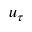
u _ { \tau }